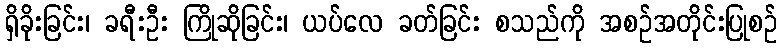
ရှိခိုးခြင်း၊ ခရီးဦး ကြိုဆိုခြင်း၊ ယပ်လေ ခတ်ခြင်း စသည်ကို အစဉ်အတိုင်းပြုစဉ်